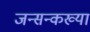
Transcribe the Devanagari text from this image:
जन्सन्कख्या